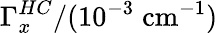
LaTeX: \Gamma_{x}^{HC}/(10^{-3}\; \mathrm{cm}^{-1})